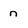
Character: n